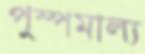
পুস্পমাল্য